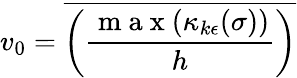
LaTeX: v_{0}=\overline{{\left(\frac{\mathrm{~m~a~x~}(\kappa_{k\epsilon}(\sigma))}{h}\right)}}